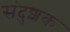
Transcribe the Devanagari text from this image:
संदुशक